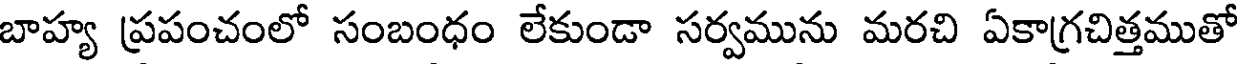
బాహ్య ప్రపంచంలో సంబంధం లేకుండా సర్వమును మరచి ఏకాగ్రచిత్తముతో